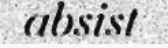
absist